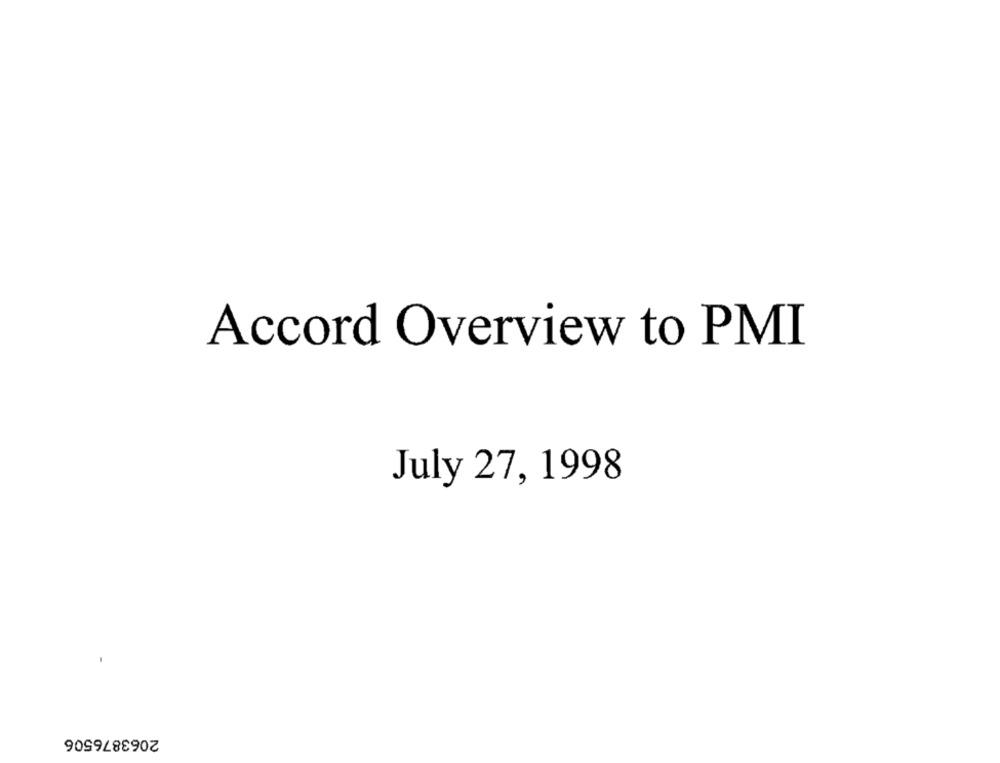
Accord Overview to PMI
July 27, 1998
2063876506